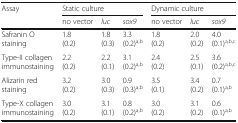
<table><thead><tr><td rowspan="2"><b>Assay</b></td><td colspan="3"><b>Static culture</b></td><td colspan="3"><b>Dynamic culture</b></td></tr><tr><td><b>no vector</b></td><td><b><i>luc</i></b></td><td><b><i>sox9</i></b></td><td><b>no vector</b></td><td><b><i>luc</i></b></td><td><b><i>sox9</i></b></td></tr></thead><tbody><tr><td>Safranin Ostaining</td><td>1.8(0.2)</td><td>1.8(0.3)</td><td>3.3(0.2)<sup>a,b</sup></td><td>1.8(0.2)</td><td>2.0(0.2)</td><td>4.0(0.1)<sup>a,b,c</sup></td></tr><tr><td>Type-II collagenimmunostaining</td><td>2.2(0.2)</td><td>2.2(0.1)</td><td>3.1(0.2)<sup>a,b</sup></td><td>2.4(0.2)</td><td>2.5(0.1)</td><td>3.6(0.2)<sup>a,b,c</sup></td></tr><tr><td>Alizarin redstaining</td><td>3.2(0.2)</td><td>3.0(0.3)</td><td>0.9(0.3)<sup>a,b</sup></td><td>3.5(0.1)</td><td>3.4(0.2)</td><td>0.7(0.1)<sup>a,b</sup></td></tr><tr><td>Type-X collagenimmunostaining</td><td>3.0(0.2)</td><td>3.1(0.1)</td><td>0.8(0.2)<sup>a,b</sup></td><td>3.0(0.2)</td><td>3.1(0.2)</td><td>0.6(0.1)<sup>a,b</sup></td></tr></tbody></table>